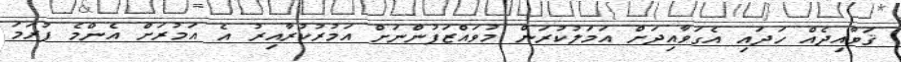
ޤަވާއިދެއް ހަދައި އެގަވާއިދަށް އަމަލުކުރަން މުވައްޒަފުންނަށް އަމުރުކުރާއިރު އެ އަމުރަށް އެންމެ ފުރަމަ